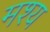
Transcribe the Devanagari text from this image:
मश्य